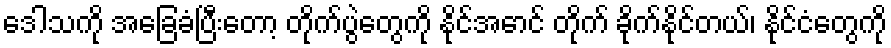
ဒေါသကို အခြေခံပြီးတော့ တိုက်ပွဲတွေကို နိုင်အောင် တိုက် ခိုက်နိုင်တယ်၊ နိုင်ငံတွေကို